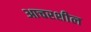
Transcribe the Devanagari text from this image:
आचरशील